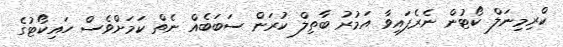
ކްރިމިނަލް ކޯޓުން ނެރެފައިވާ އަމުރު ބާތިލް ކުރަން ސަބަބެއް ނެތް ކަމަށްވެސް ހައިކޯޓުގެ